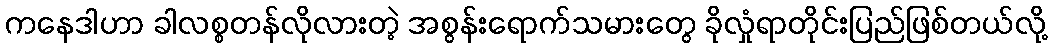
ကနေဒါဟာ ခါလစ္စတန်လိုလားတဲ့ အစွန်းရောက်သမားတွေ ခိုလှုံရာတိုင်းပြည်ဖြစ်တယ်လို့